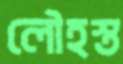
লৌহস্ত